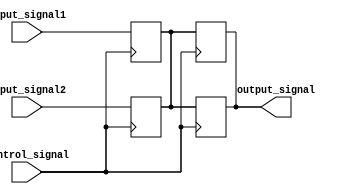
module Timing_Control_Synchronization(
    input wire input_signal1,
    input wire input_signal2,
    input wire control_signal,
    output reg output_signal
);

reg synchronized_signal;

always @ (posedge control_signal)
begin
    synchronized_signal <= input_signal1;
    output_signal <= synchronized_signal;
end

always @ (posedge control_signal)
begin
    synchronized_signal <= input_signal2;
    output_signal <= synchronized_signal;
end

endmodule